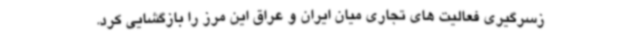
زسرگیری فعالیت های تجاری میان ایران و عراق این مرز را بازگشایی کرد.